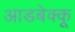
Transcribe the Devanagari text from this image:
आडबेक्कू